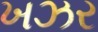
ખઝર